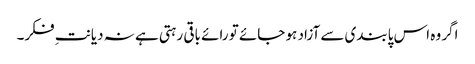
اگر وہ اس پابندی سے آزاد ہو جائے تو رائے باقی رہتی ہے نہ دیانتِ فکر۔